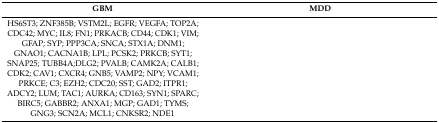
<table><thead><tr><td><b>GBM</b></td><td><b>MDD</b></td></tr></thead><tbody><tr><td>HS6ST3; ZNF385B; VSTM2L; EGFR; VEGFA; TOP2A; CDC42; MYC; IL8; FN1; PRKACB; CD44; CDK1; VIM; GFAP; SYP; PPP3CA; SNCA; STX1A; DNM1; GNAO1; CACNA1B; LPL; PCSK2; PRKCB; SYT1; SNAP25; TUBB4A;DLG2; PVALB; CAMK2A; CALB1; CDK2; CAV1; CXCR4; GNB5; VAMP2; NPY; VCAM1; PRKCE; C3; EZH2; CDC20; SST; GAD2; ITPR1; ADCY2; LUM; TAC1; AURKA; CD163; SYN1; SPARC; BIRC5; GABBR2; ANXA1; MGP; GAD1; TYMS; GNG3; SCN2A; MCL1; CNKSR2; NDE1</td><td>[EMPTY_CELL]</td></tr></tbody></table>